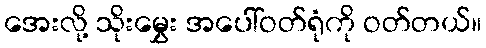
အေးလို့ သိုးမွှေး အပေါ်ဝတ်ရုံကို ဝတ်တယ်။